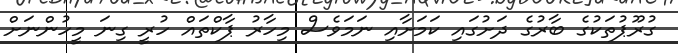
ގުރޫޕުތަކުގެ ބާރުގެ ދަށުގައި ކަމަށާއި ނަމަވެސް މިހާރު ޕާކްތައް ހުރީ ގިނަ މީހުންނަށް